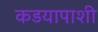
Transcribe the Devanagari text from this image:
कडयापाशी